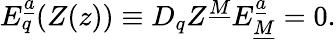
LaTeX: {E}_{q}^{\underline{{a}}}(Z(z))\equiv D_{q}Z^{\underline{{M}}}E_{\underline{{M}}}^{\underline{{a}}}=0.